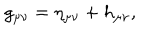
g _ { \mu \nu } = \eta _ { \mu \nu } + h _ { \mu \nu } ,